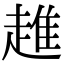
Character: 趡